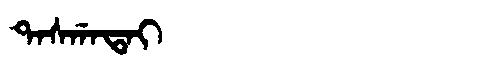
Manchu: ᡨᠠᠰᡤᠠᡨᠠᡳ
Romanization: TASGATAI